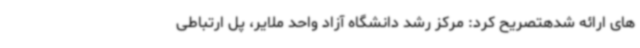
های ارائه شدهتصریح کرد: مرکز رشد دانشگاه آزاد واحد ملایر، پل ارتباطی